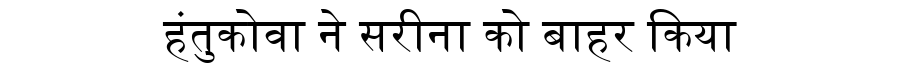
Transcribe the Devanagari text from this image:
हंतुकोवा ने सरीना को बाहर किया